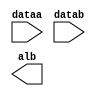
module comp_fish (
	dataa,
	datab,
	alb);

	input	[15:0]  dataa;
	input	[15:0]  datab;
	output	  alb;

endmodule